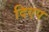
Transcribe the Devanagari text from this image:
दिएप